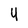
Character: Y